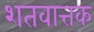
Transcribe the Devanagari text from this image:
शतवात्तक